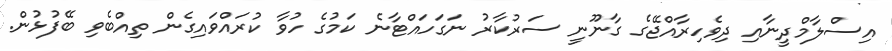
އިސްލާމްދީނާއި ދިވެހިރާއްޖޭގެ ގާނޫނީ ސަރުކާރު ނަގަހައްޓާނެ ކަމުގެ ހުވާ ކުރައްވައިގެން ތިއްބެވި ބޭފުޅުން.